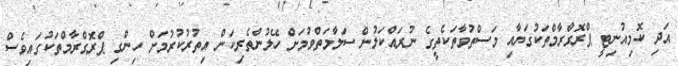
އަދި ކޮމިއުނިޓީ ޕްރޮގްރާމްތަކުގަޔާއި މަސްތުވާތަކެތީގެ ނުރައްކަލުން ސަލާމަތްވުމަށް ހޭލުންތެރިކަން އިތުރުކުރުމަށް ހިންގި ޕްރޮގްރާމްތަކުގައިވެސް